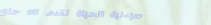
صيدلية الحياة تقدم لك حلو